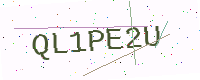
Text: QL1PE2U